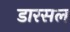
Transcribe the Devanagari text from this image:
डारसल